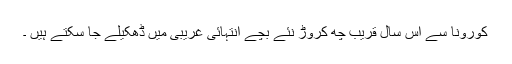
کورونا سے اس سال قریب چھ کروڑ نئے بچے انتہائی غریبی میں ڈھکیلے جا سکتے ہیں ۔